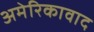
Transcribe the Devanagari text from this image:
अमेरिकावाद